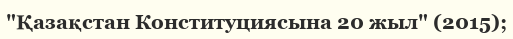
"Қазақстан Конституциясына 20 жыл" (2015);